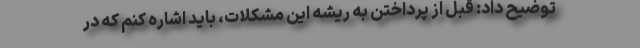
توضیح داد: قبل از پرداختن به ریشه این مشکلات، باید اشاره کنم که در